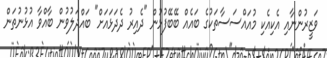
ވަޒީރުންނާއި އެކިއެކި މުއައްސަސާތަކުގެ ބައެއް ބޭބޭފުޅުން "ދެއިރު ދެދަޅައަށް" ބައްދަލުވުން ބާއްވާ އުޅުނުތަން